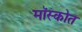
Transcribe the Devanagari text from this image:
मॉस्कोत